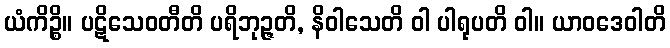
ယံကိဉ္စိ။ ပဋိသေဝတီတိ ပရိဘုဉ္ဇတိ, နိဝါသေတိ ဝါ ပါရုပတိ ဝါ။ ယာဝဒေဝါတိ